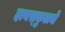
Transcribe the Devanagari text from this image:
हायस्‍कुलचे